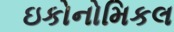
ઇકોનોમિકલ